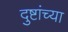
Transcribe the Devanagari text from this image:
दुष्टांच्या